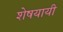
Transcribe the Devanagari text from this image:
शेषयायी